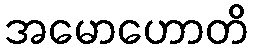
အမောဟောတိ